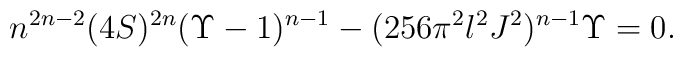
n^{2n-2}(4S)^{2n}(\Upsilon -1)^{n-1}-(256\pi^2l^2J^2)^{n-1}\Upsilon =0.